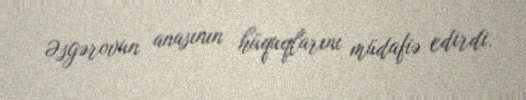
Əsgərovun anasının hüquqlarını müdafiə edirdi.